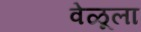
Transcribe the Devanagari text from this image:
वेळूला